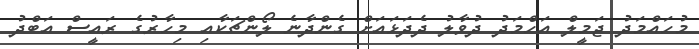
މުހައްމަދު ޖަމީލް އަހްމަދު ދުވާލު ދެދަޅައަށް ގެންދާނެ ލޯންޗަކާއި މިހާރުގެ ރައީސް އަބްދު